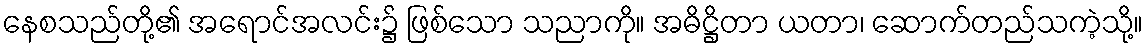
နေစသည်တို့၏ အရောင်အလင်း၌ ဖြစ်သော သညာကို။ အဓိဋ္ဌိတာ ယတာ၊ ဆောက်တည်သကဲ့သို့။